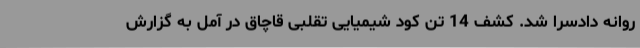
روانه دادسرا شد. کشف 14 تن کود شیمیایی تقلبی قاچاق در آمل به گزارش